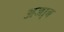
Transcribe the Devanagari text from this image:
अजा़ब